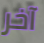
آخر